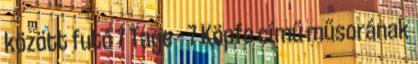
között futó 7 Tage – 7 Köpfe című műsorának